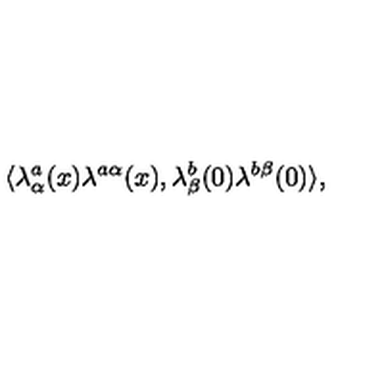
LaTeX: \langle \lambda _ { \alpha } ^ { a } ( x ) \lambda ^ { a \alpha } ( x ) , \lambda _ { \beta } ^ { b } ( 0 ) \lambda ^ { b \beta } ( 0 ) \rangle ,